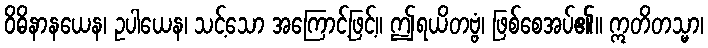
ဝိဓိနာနယေန၊ ဥပါယေန၊ သင့်သော အကြောင့်ဖြင့်။ ဤရယိတဗ္ဗံ၊ ဖြစ်စေအပ်၏။ ဣတိတသ္မာ၊